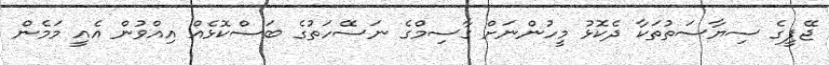
ޖޭޕީގެ ސިޔާސަތުތަކާ ދެކޮޅު މީހުންނަށް ގާސިމްގެ ނަސޭހަތުގެ ބަސްކޮޅެއް އިއްވުން އެއީ މަމެން